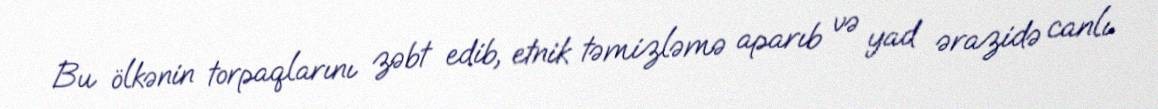
Bu ölkənin torpaqlarını zəbt edib, etnik təmizləmə aparıb və yad ərazidə canlı